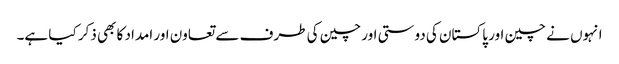
انہوں نے چین اور پاکستان کی دوستی اور چین کی طرف سے تعاون اور امداد کا بھی ذکر کیا ہے۔